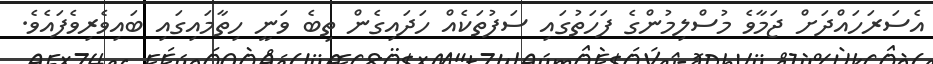
އެސަރަހައްދަށް ޖަމާވެ މުސްލިމުންގެ ފަހަތުގައި ސަފުތަކެއް ހަދައިގެން ތިބެ ވަނީ ހިތާމައިގައި ބައިވެރިވެފައެވެ.